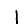
Digit: 1